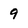
Character: 9